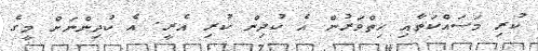
ކުރި މަސައްކަތާއި ހިތްވަރުން އެ ކުދިން ކުރި އެރީ. އެ ކުދިންނަށް މީގެ